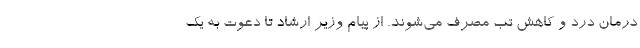
درمان درد و کاهش تب مصرف می‌شوند. از پیام وزیر ارشاد تا دعوت به یک